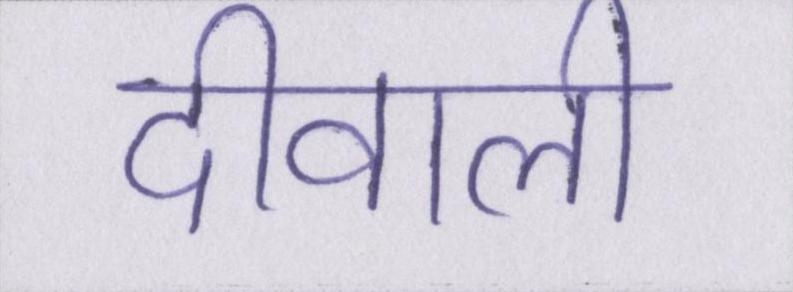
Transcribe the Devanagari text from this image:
दीवाली